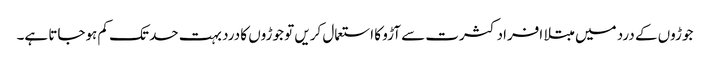
جوڑوں کے درد میں مبتلا افراد کثرت سے آڑو کا استعمال کریں تو جوڑوں کا درد بہت حد تک کم ہوجاتا ہے۔